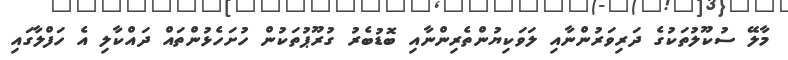
މާލޭ ސުކޫލުތަކުގެ ދަރިވަރުންނާއި ލަވަކިޔުންތެރިންނާއި ބޮޑުބެރު ގުރޫޕުތަކުން ހުށަހެޅުންތައް ދައްކާލި އެ ހަފްލާގައި